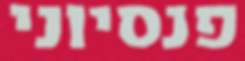
פנסיוני